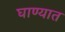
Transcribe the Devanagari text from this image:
घाण्यात